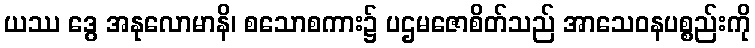
ယဿ ဒွေ အနုလောမာနိ၊ စသောစကား၌ ပဌမဇောစိတ်သည် အာသေဝနပစ္စည်းကို